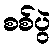
စစ်ပွဲ